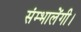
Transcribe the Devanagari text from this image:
संम्भालेंगी।